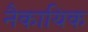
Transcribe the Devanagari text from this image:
नैकायिक